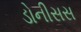
ડોનીસસ